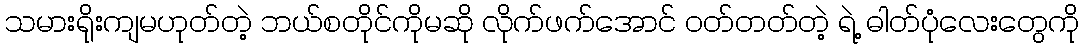
သမားရိုးကျမဟုတ်တဲ့ ဘယ်စတိုင်ကိုမဆို လိုက်ဖက်အောင် ဝတ်တတ်တဲ့ ရဲ့ ဓါတ်ပုံလေးတွေကို